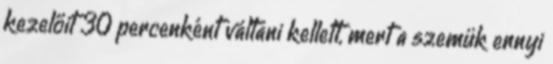
kezelőit 30 percenként váltani kellett, mert a szemük ennyi